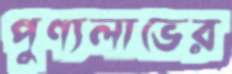
পুণ্যলাভের